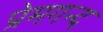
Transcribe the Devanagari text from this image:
प्रेमगन्द